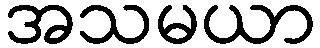
အသမယာ